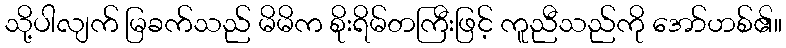
သို့ပါလျက် မြခက်သည် မိမိက စိုးရိမ်တကြီးဖြင့် ကူညီသည်ကို အော်ဟစ်၏။